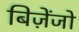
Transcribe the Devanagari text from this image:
बिज़ेंजो